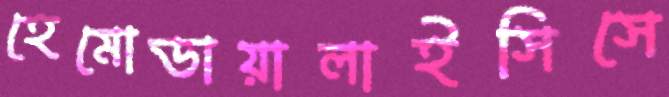
হেমোডায়ালাইসিসে